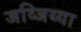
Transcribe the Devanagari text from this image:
जव्जिय्या